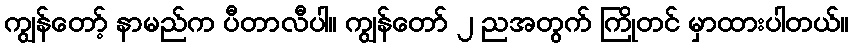
ကျွန်တော့် နာမည်က ပီတာလီပါ။ ကျွန်တော် ၂ ညအတွက် ကြိုတင် မှာထားပါတယ်။